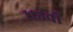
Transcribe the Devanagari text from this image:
११५वाँ